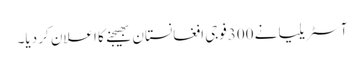
آسٹریلیا نے 300فوجی افغانستان بھیجنے کا اعلان کر دیا۔